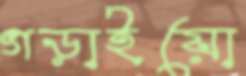
গড়াইয়ো